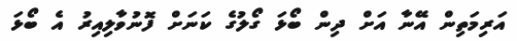
އަރިމަތިން އޭނާ އަށް ދިން ބޯޅަ ގޯލުގެ ކަނަށް ފޮނުވާލިއިރު އެ ބޯޅަ